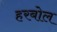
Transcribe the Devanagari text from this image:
हरबोल